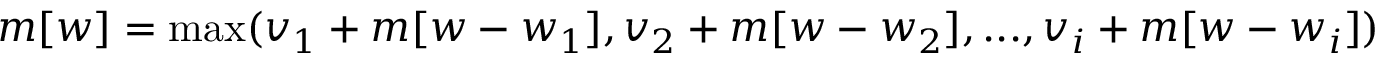
m [ w ] = \operatorname* { m a x } ( v _ { 1 } + m [ w - w _ { 1 } ] , v _ { 2 } + m [ w - w _ { 2 } ] , . . . , v _ { i } + m [ w - w _ { i } ] )